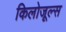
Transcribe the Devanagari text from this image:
किलोजूल्स